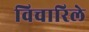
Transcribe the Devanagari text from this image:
विचारिले